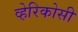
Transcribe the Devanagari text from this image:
व्हेरिकोसी